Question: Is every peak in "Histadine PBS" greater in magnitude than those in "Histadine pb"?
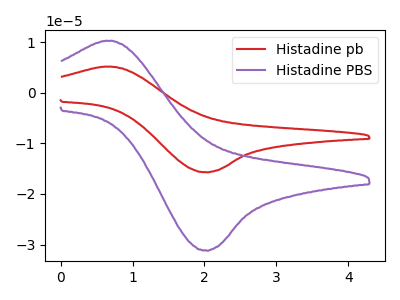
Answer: <think>The red curve "Histadine pb" has an anodic peak at (0.65V, 5.20uA) and a cathodic peak at (2.00V, -15.70uA). The purple curve "Histadine PBS" has an anodic peak at (0.65V, 10.30uA) and a cathodic peak at (2.00V, -31.15uA).</think>
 <answer>Every peak in "Histadine PBS" is higher than every peak in "Histadine pb".</answer>
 <eval>higher</eval>